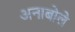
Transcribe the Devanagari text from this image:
अनाबोले